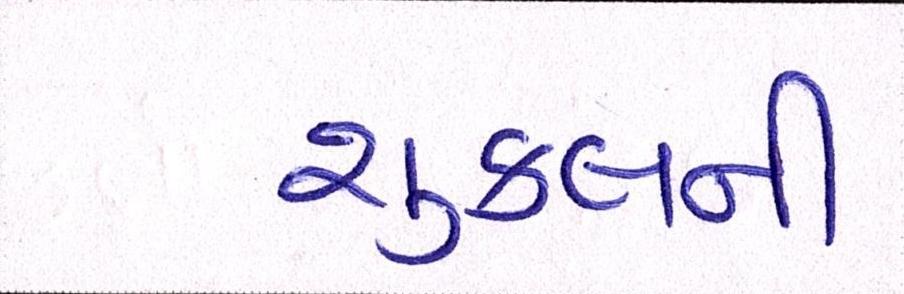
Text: શુક્લની